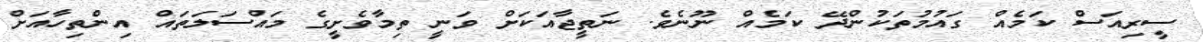
ސީރިއަސް ކަމެއް ގައުމުތަކުންދޭ ކަމެއް ނޫނެވެ. ނަތީޖާއަކަށް ވަނީ ތިމާވެށީގެ މައްސަލަތައް އިންތިހާއަށް